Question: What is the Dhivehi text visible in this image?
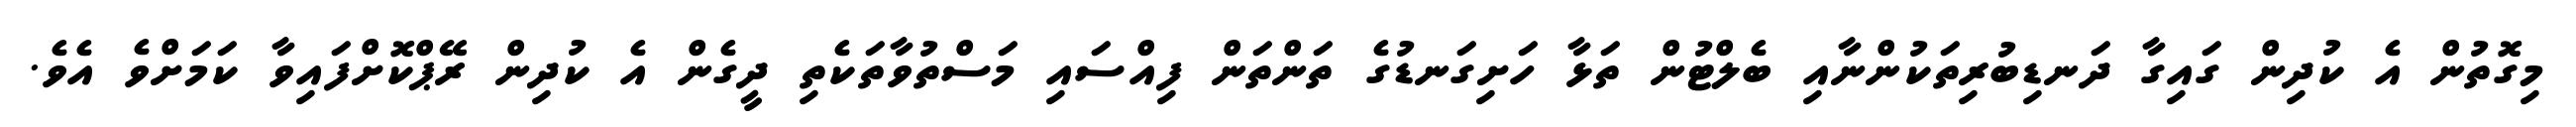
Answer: މިގޮތުން އެ ކުދިން ގައިގާ ދަނޑިބުރިތަކުންނާއި ބެލްޓުން ތަޅާ ހަށިގަނޑުގެ ތަންތަން ފިއްސައި މަސްތުވާތަކެތި ދީގެން އެ ކުދިން ރޭޕްކޮށްފައިވާ ކަމަށްވެ އެވެ.